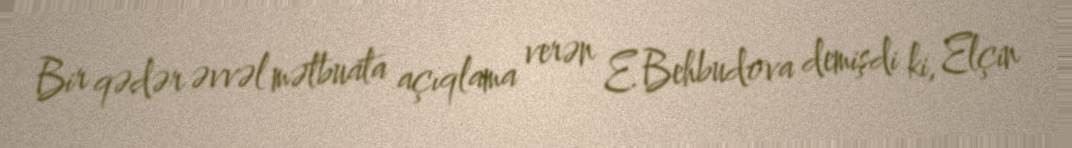
Bir qədər əvvəl mətbuata açıqlama verən E.Behbudova demişdi ki, Elçin